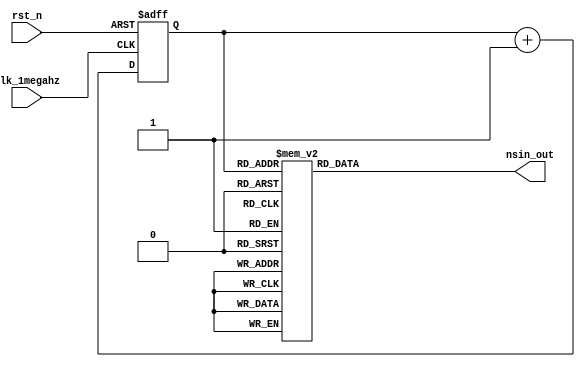
module nsin_wave_generator (
  input        clk_1megahz,
  input        rst_n, 
  
  // 5-bit combined nsine wave output
  output wire signed [4:0] nsin_out   
);

// Counter 
reg [2:0] count;

// Increment counter
always @(posedge clk_1megahz or negedge rst_n) begin
  if(!rst_n)
    count <= 3'b0;
  else   
    count <= count + 1; 
end

reg [4:0] sin; 

// nsine lookup table
always @(*) begin
  case(count)
    3'd6: sin = ~(5'b00001); // 1.000
    3'd7: sin = ~(5'b01001); // 0.707
    3'd0: sin = ~(5'b00000); // 0.000 
    3'd1: sin = ~(5'b10001); // -0.707
    3'd2: sin = ~(5'b10000); // -1.000
    3'd3: sin = ~(5'b10100); // -0.707
    3'd4: sin = ~(5'b00000); // 0.000
    3'd5: sin = ~(5'b01100); // 0.707
    default: sin = ~(5'b00000); 
  endcase
end

assign nsin_out = sin;

endmodule